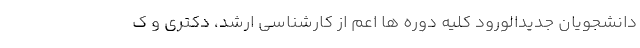
دانشجویان جدیدالورود کلیه دوره ها اعم از کارشناسی ارشد، دکتری و ک